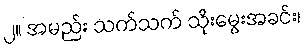
၂။ အမည်း သက်သက် သိုးမွေးအခင်း၊